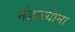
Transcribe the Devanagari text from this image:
मंडळ्यांना